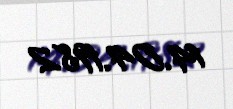
14.04.1982